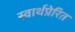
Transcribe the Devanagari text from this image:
स्वार्थप्रेरित